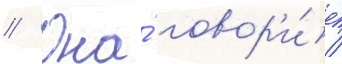
// Она́ говор'и́т /